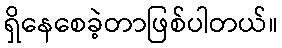
ရှိနေစေခဲ့တာဖြစ်ပါတယ်။